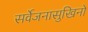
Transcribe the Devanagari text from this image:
सर्वेजनासुखिनो